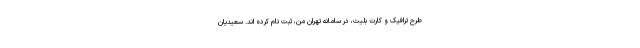
طرح ترافیک و کارت بلیت، در سامانه تهران من، ثبت نام کرده اند. سعیدیان